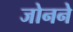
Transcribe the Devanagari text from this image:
जोनने